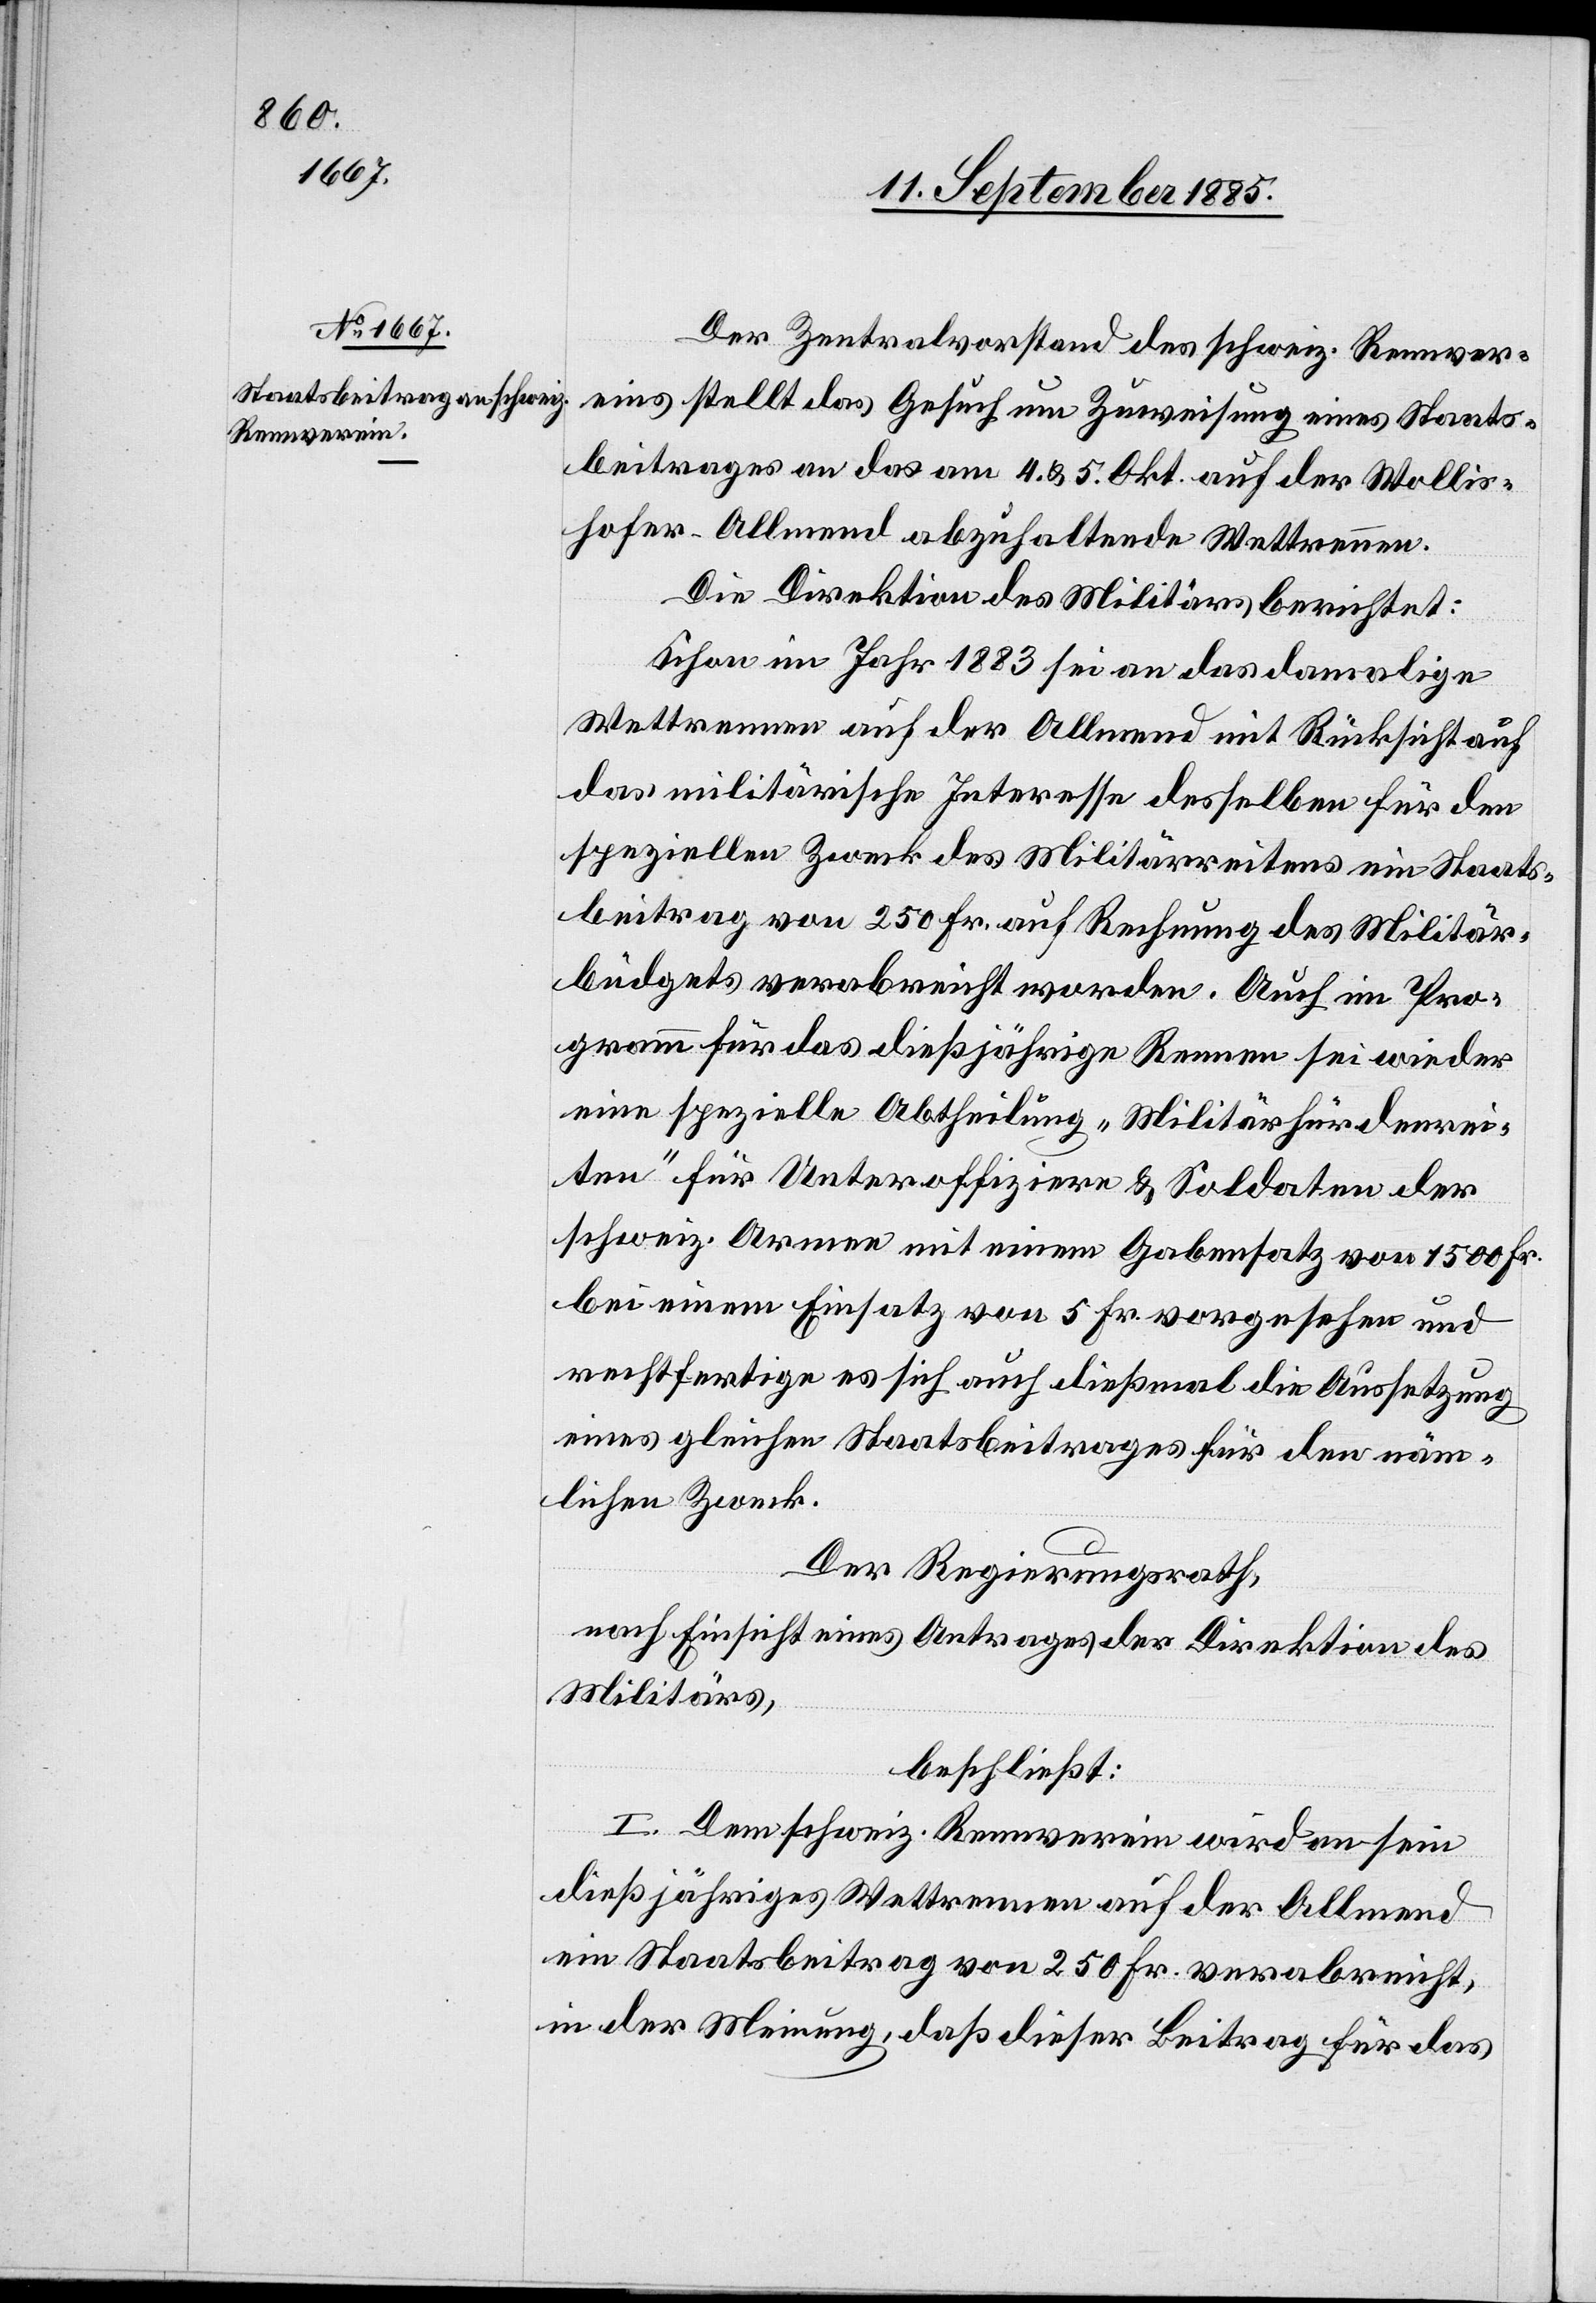
Der Zentralvorstand des schweiz. Rennver¬
eins stellt das Gesuch um Zuweisung eines Staats¬
beitrages an das am 4. & 5. Okt. auf der Wollis¬
hofer Allmend abzuhaltende Wettrennen.
Die Direktion des Militärs berichtet:
Schon im Jahr 1883 sei an das damalige
Wettrennen auf der Allmend mit Rücksicht auf
das militärische Interesse desselben für den
speziellen Zweck des Militärreitens ein Staats¬
beitrag von 250 Fr. auf Rechnung des Militär¬
büdgets verabreicht worden. Auch im Pro¬
gramm für das dießjährige Rennen sei wieder
eine spezielle Abtheilung „Militärhürdenrei¬
ten“ für Unteroffiziere & Soldaten der
schweiz. Armen mit einem Gabensatz von 1500 Fr.
bei einem Einsatz von 5 Fr. vorgesehen und
rechtfertige es sich auch dießmal die Aussetzung
eines gleichen Staatsbeitrages für den näm¬
lichen Zweck.
Der Regierungsrath,
nach Einsicht eines Antrages der Direktion des
Militärs,
beschließt:
I. Dem schweiz. Rennverein wird an sein
dießjähriges Wettrennen auf der Allmend
ein Staatsbeitrag von 250 Fr. verabreicht,
in der Meinung, daß dieser Beitrag für das